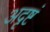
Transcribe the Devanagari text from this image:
अदृष्टं